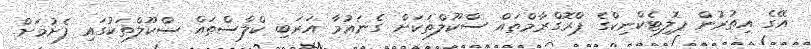
އޭގެ އިތުރުން ޕޮލިޓެކްނިކްގެ ޕްރޮގްރާމްތައް ސްކޫލްތަކަށް ގެނައުމާ އަރަބި ކްލާސްތައް ސްކޫލްތަކުގައި ފެށުމަށް